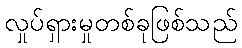
လှုပ်ရှားမှုတစ်ခုဖြစ်သည်